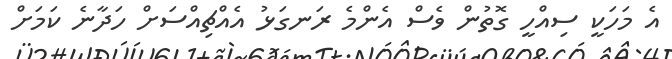
އެ މަހަކީ ސިއްހީ ގޮތުން ވެސް އެންމެ ރަނގަޅު އެއްޗިއްސަށް ހަދާނެ ކަމަށް